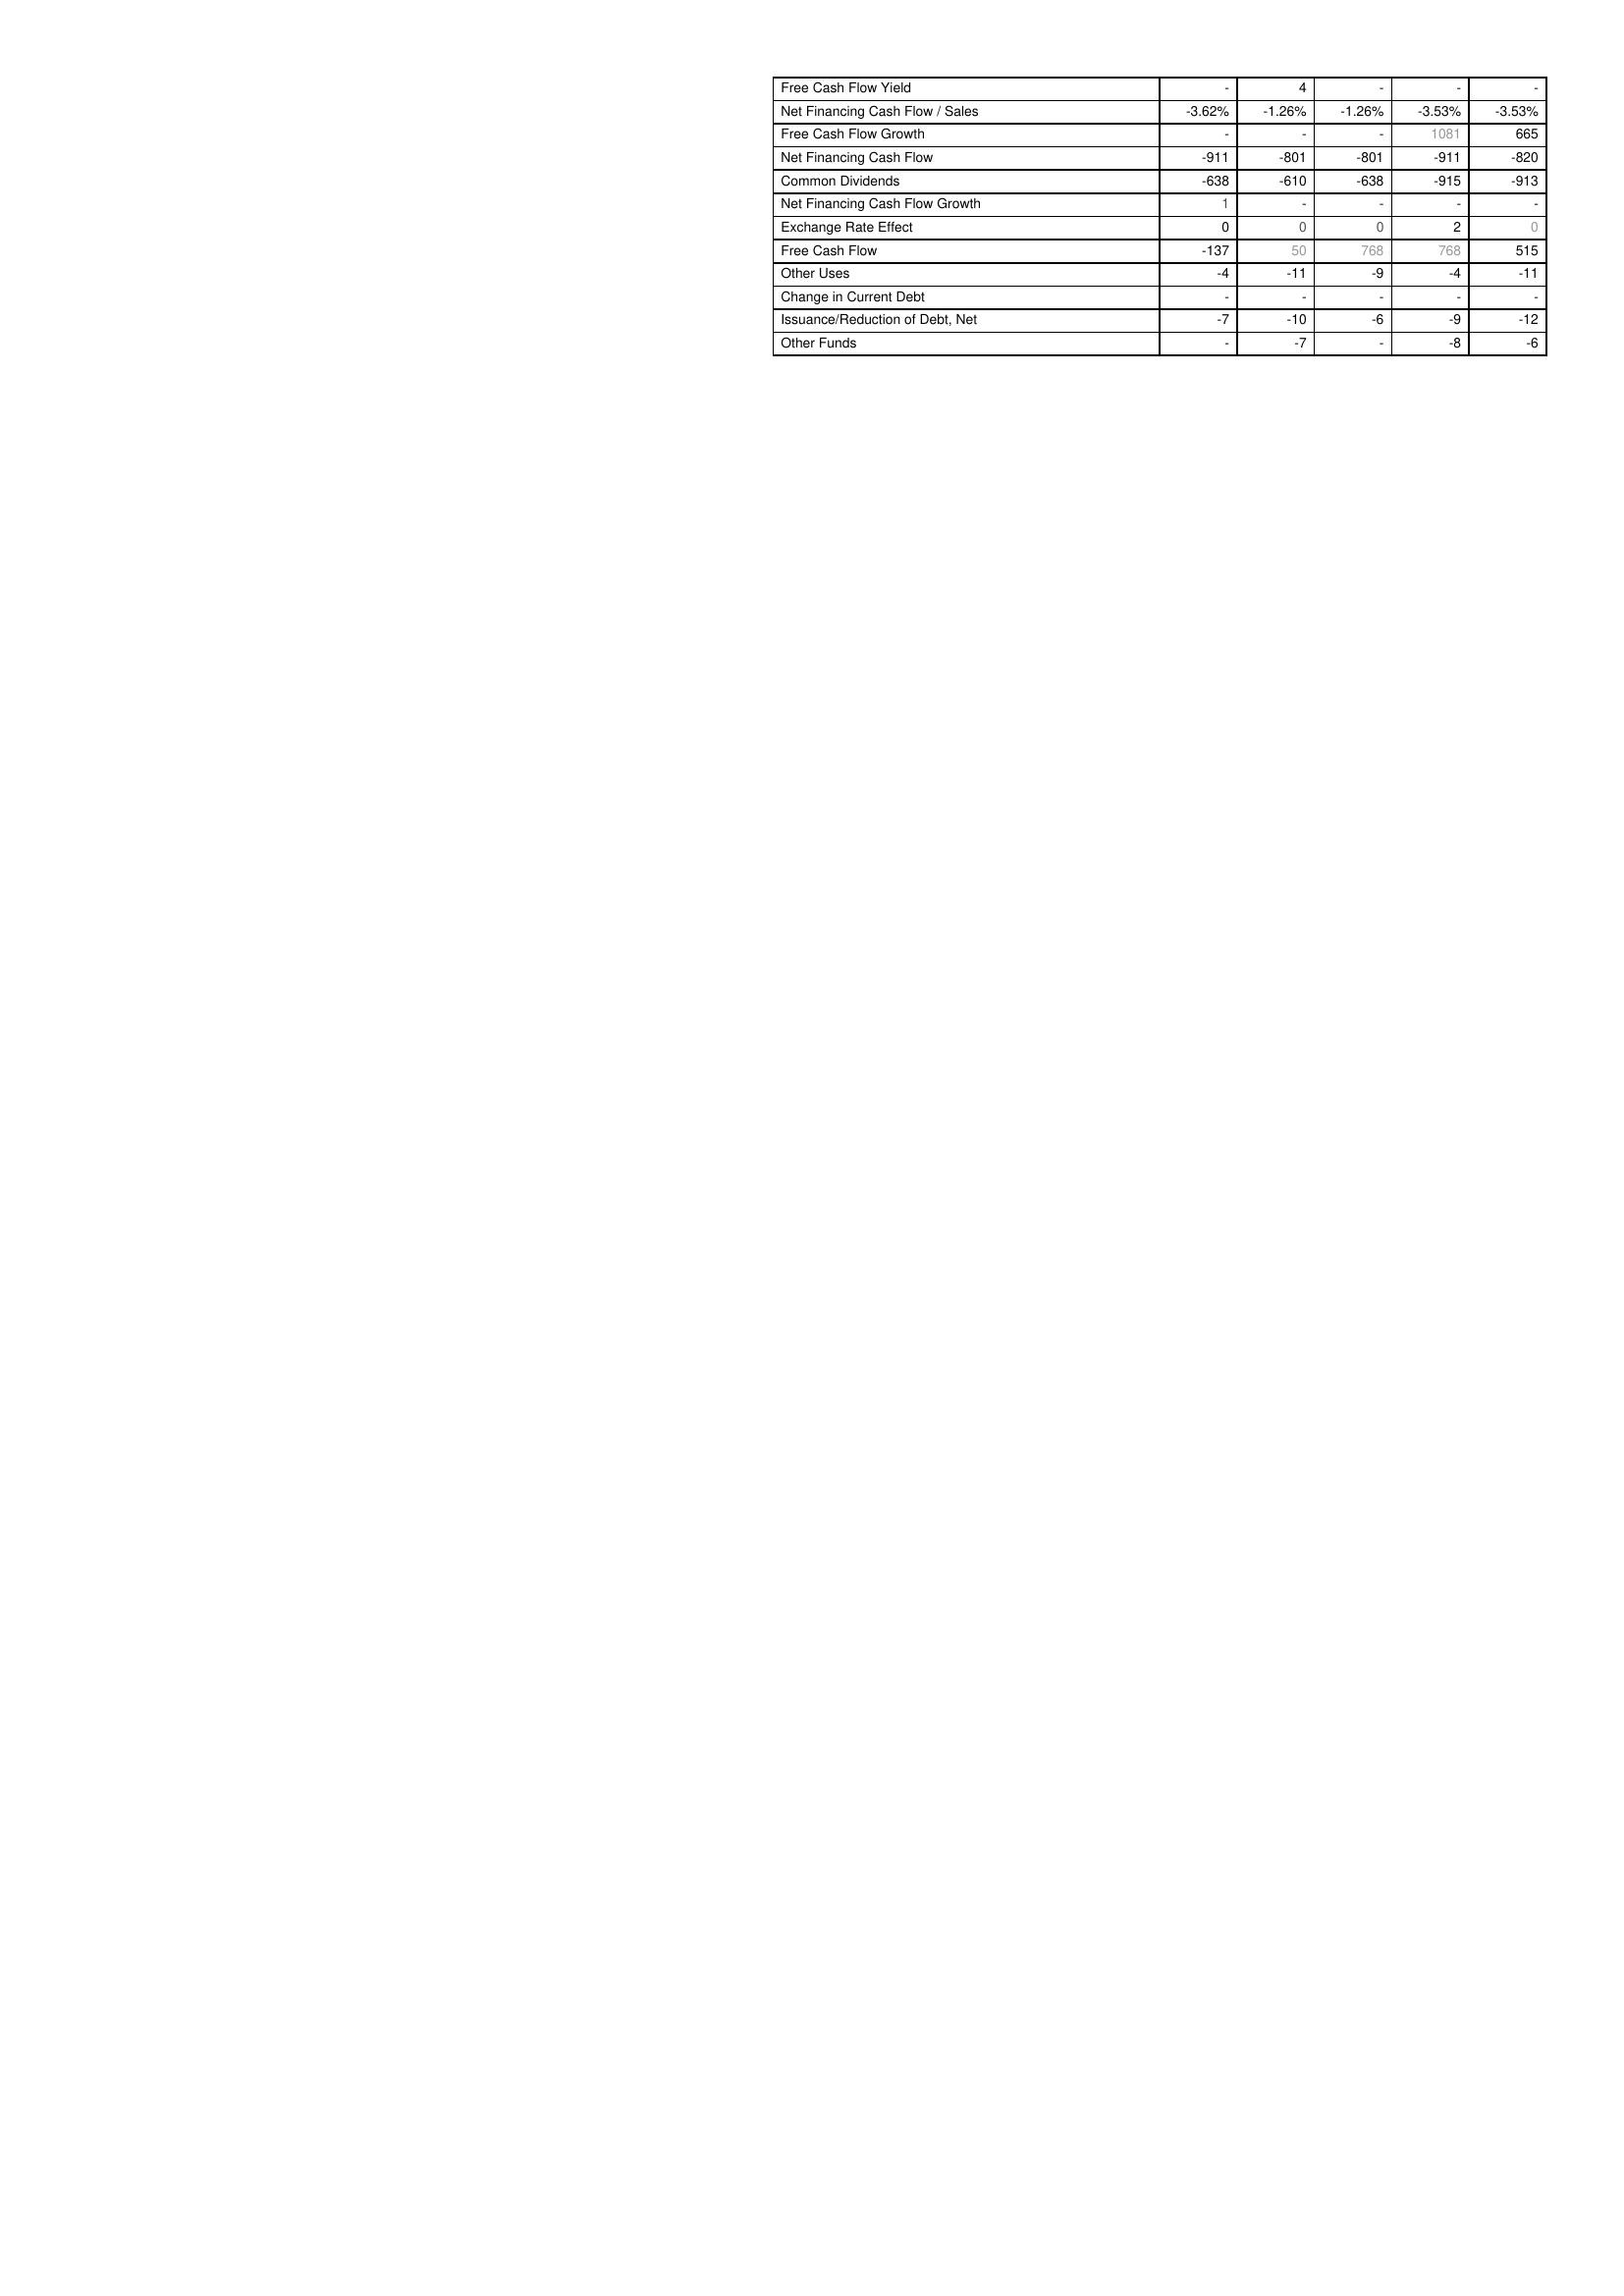
2020: Financing Activities: Free Cash Flow Yield: -
Net Financing Cash Flow / Sales: -3.62%
Free Cash Flow Growth: -
Net Financing Cash Flow: -911
Common Dividends: -638
Net Financing Cash Flow Growth: 1
Exchange Rate Effect: 0
Free Cash Flow: -137
Other Uses: -4
Change in Current Debt: -
Issuance/Reduction of Debt, Net: -7
Other Funds: -
2021: Financing Activities: Free Cash Flow Yield: 4
Net Financing Cash Flow / Sales: -1.26%
Free Cash Flow Growth: -
Net Financing Cash Flow: -801
Common Dividends: -610
Net Financing Cash Flow Growth: -
Exchange Rate Effect: 0
Free Cash Flow: 50
Other Uses: -11
Change in Current Debt: -
Issuance/Reduction of Debt, Net: -10
Other Funds: -7
2022: Financing Activities: Free Cash Flow Yield: -
Net Financing Cash Flow / Sales: -1.26%
Free Cash Flow Growth: -
Net Financing Cash Flow: -801
Common Dividends: -638
Net Financing Cash Flow Growth: -
Exchange Rate Effect: 0
Free Cash Flow: 768
Other Uses: -9
Change in Current Debt: -
Issuance/Reduction of Debt, Net: -6
Other Funds: -
2023: Financing Activities: Free Cash Flow Yield: -
Net Financing Cash Flow / Sales: -3.53%
Free Cash Flow Growth: 1081
Net Financing Cash Flow: -911
Common Dividends: -915
Net Financing Cash Flow Growth: -
Exchange Rate Effect: 2
Free Cash Flow: 768
Other Uses: -4
Change in Current Debt: -
Issuance/Reduction of Debt, Net: -9
Other Funds: -8
2024: Financing Activities: Free Cash Flow Yield: -
Net Financing Cash Flow / Sales: -3.53%
Free Cash Flow Growth: 665
Net Financing Cash Flow: -820
Common Dividends: -913
Net Financing Cash Flow Growth: -
Exchange Rate Effect: 0
Free Cash Flow: 515
Other Uses: -11
Change in Current Debt: -
Issuance/Reduction of Debt, Net: -12
Other Funds: -6